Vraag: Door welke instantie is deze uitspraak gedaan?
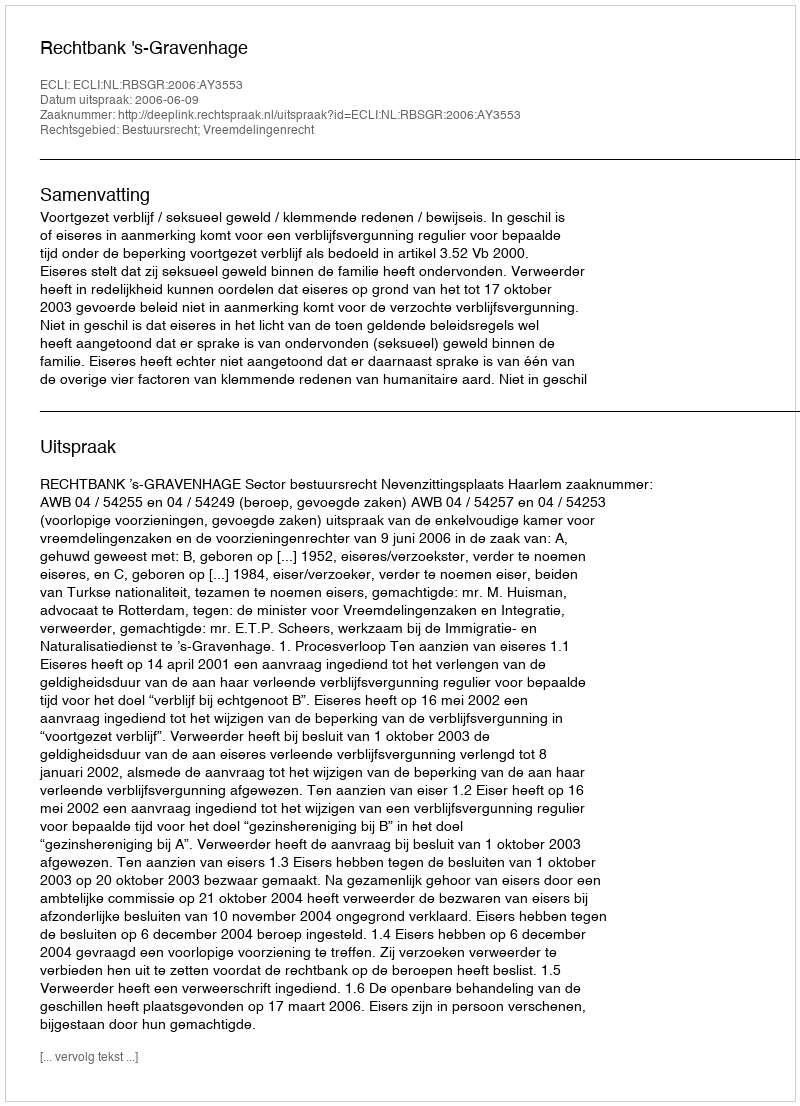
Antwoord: Rechtbank 's-Gravenhage